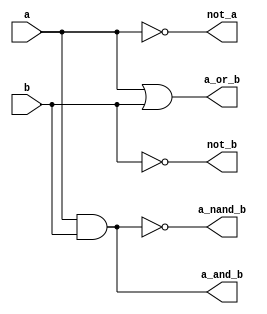
module basic_boolean(input a, input b, 
    output not_a, output not_b, output a_and_b,
    output a_or_b, output a_nand_b
    );

assign not_a = ~a;
assign not_b = ~b;
assign a_and_b = a & b;
assign a_or_b = a | b;
assign a_nand_b = ~(a & b);

endmodule